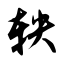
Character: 轶